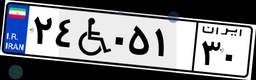
۲۴W۰۵۱۳۰